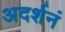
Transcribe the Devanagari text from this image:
अदर्शनं